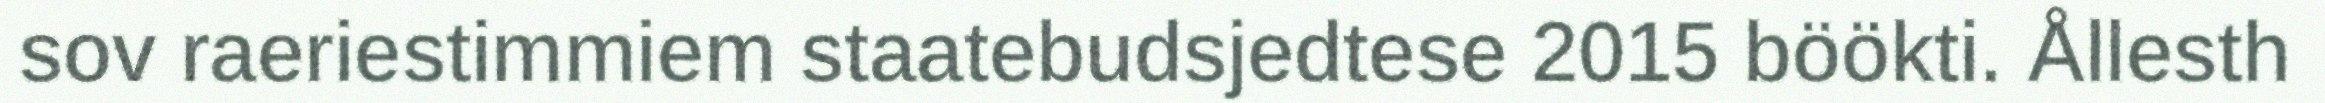
sov raeriestimmiem staatebudsjedtese 2015 böökti. Ållesth